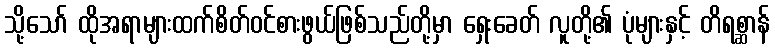
သို့သော် ထိုအရာများထက်စိတ်ဝင်စားဖွယ်ဖြစ်သည်တို့မှာ ရှေးခေတ် လူတို့၏ ပုံများနှင့် တိရစ္ဆာန်